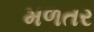
મળતર